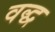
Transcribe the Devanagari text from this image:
वद्ध